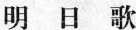
明 日 歌